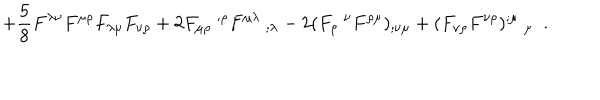
+ \frac 5 8 F ^ { \lambda \nu } F ^ { \mu \rho } F _ { \lambda \mu } F _ { \nu \rho } + 2 F _ { \mu \rho } ~ ^ { ; \rho } F ^ { \mu \lambda } ~ _ { ; \lambda } - 2 ( F _ { \rho } ~ ^ { \nu } F ^ { \rho \mu } ) _ { ; \nu \mu } + ( F _ { \nu \rho } F ^ { \nu \rho } ) ^ { ; \mu } ~ _ { \mu } ~ ~ .